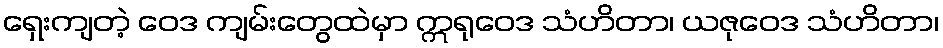
ရှေးကျတဲ့ ဝေဒ ကျမ်းတွေထဲမှာ ဣရုဝေဒ သံဟိတာ၊ ယဇုဝေဒ သံဟိတာ၊